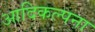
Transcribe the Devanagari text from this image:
आदिकल्पना